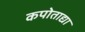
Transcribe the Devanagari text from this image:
कपोताद्या